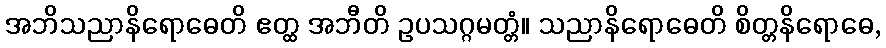
အဘိသညာနိရောဓေတိ ဧတ္ထ အဘီတိ ဥပသဂ္ဂမတ္တံ။ သညာနိရောဓေတိ စိတ္တနိရောဓေ,